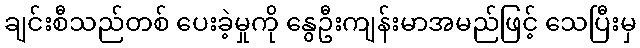
ချင်းစီသည်တစ် ပေးခဲ့မှုကို နွေဦးကျန်းမာအမည်ဖြင့် သေပြီးမှ